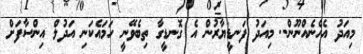
މިއަދު އެހެނެއްނޫން.. މިއަދު ފަނޑީޔާރުން އެ ގޮނޑީގާ ތިބެވޭނީ ހަމައެކަނި އަދުލް އިންސާފަށް